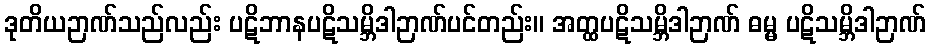
ဒုတိယဉာဏ်သည်လည်း ပဋိဘာနပဋိသမ္ဘိဒါဉာဏ်ပင်တည်း။ အတ္ထပဋိသမ္ဘိဒါဉာဏ် ဓမ္မ ပဋိသမ္ဘိဒါဉာဏ်